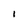
Character: I